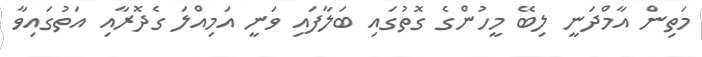
މަތިން އާމްދަނީ ލިބޭ މީހުންގެ ގޮތުގައި ބަލާފައި ވަނީ އަމިއްލަ ގެދޮރާއި އަތުގައިވާ